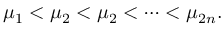
\mu _ { 1 } < \mu _ { 2 } < \mu _ { 2 } < \cdots < \mu _ { 2 n } .